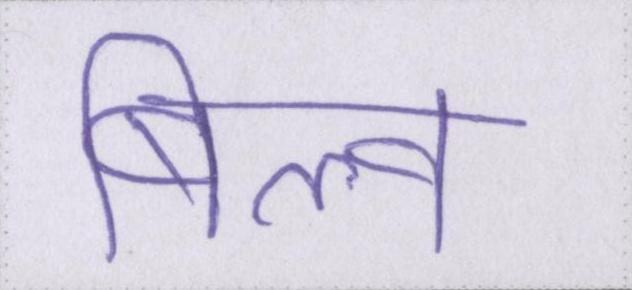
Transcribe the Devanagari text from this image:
बिल्व